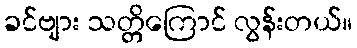
ခင်ဗျား သတ္တိကြောင် လွန်းတယ်။